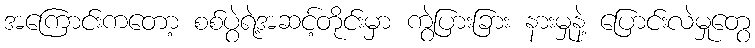
အကြောင်းကတော့ စစ်ပွဲရဲ့အဆင့်တိုင်းမှာ ကွဲပြားခြား နားမှုနဲ့ ပြောင်းလဲမှုတွေ